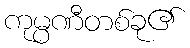
ကုမ္ပဏီတစ်ခု၏